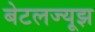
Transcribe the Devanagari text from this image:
बेटलज्यूझ